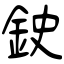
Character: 鉂